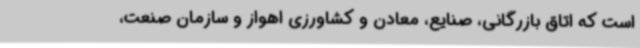
است که اتاق بازرگانی، صنایع، معادن و کشاورزی اهواز و سازمان صنعت،